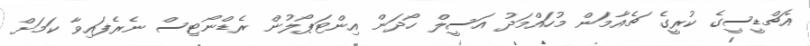
އެޗްޑީސީގެ ކުރީގެ ޗެއާމަން މުހައްމަދު އަސީލް ހޯދަން އިންޓަޕޯލުން ރެޑްނޯޓިސް ނެރެފައިވާ ކަމަށް